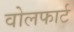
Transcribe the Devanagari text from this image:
वोलफार्ट